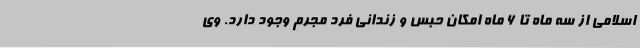
اسلامی از سه ماه تا ۶ ماه امکان حبس و زندانی فرد مجرم وجود دارد. وی